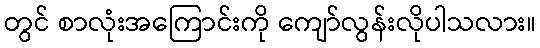
တွင် စာလုံးအကြောင်းကို ကျော်လွန်းလိုပါသလား။